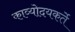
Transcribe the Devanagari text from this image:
काव्योदयकर्ते